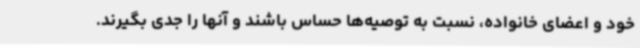
خود و اعضای خانواده، نسبت به توصیه‌ها حساس باشند و آنها را جدی بگیرند.